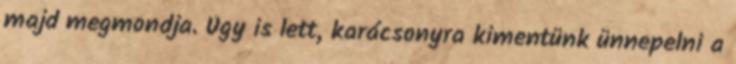
majd megmondja. Úgy is lett, karácsonyra kimentünk ünnepelni a